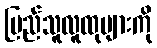
ပြည်သူလူထုများကို